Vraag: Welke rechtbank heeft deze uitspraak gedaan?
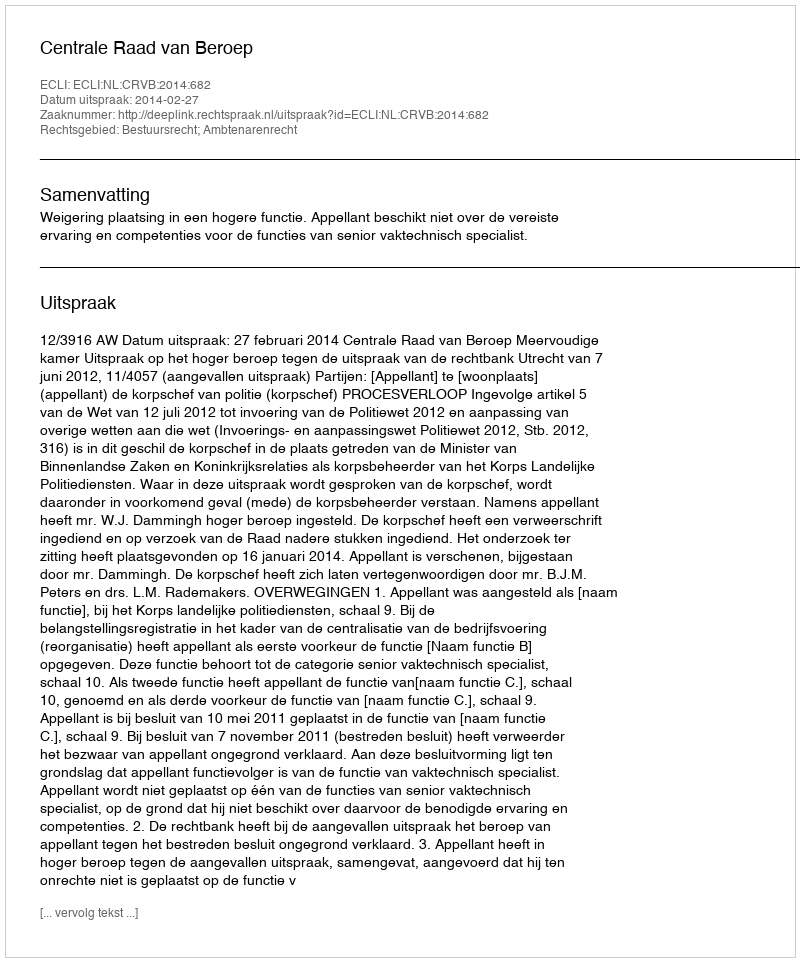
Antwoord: Centrale Raad van Beroep